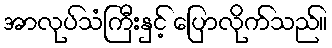
အာလုပ်သံကြီးနှင့် ပြောလိုက်သည်။